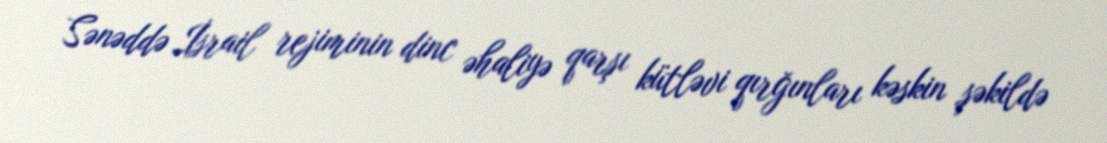
Sənəddə İsrail rejiminin dinc əhaliyə qarşı kütləvi qırğınları kəskin şəkildə